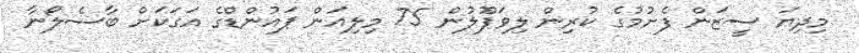
މިދިޔަ ސީޒަން ފެށުމުގެ ކުރިން ލިވަޕޫލުން 75 މިލިއަން ޕައުންޑްގެ އަގަކަށް ބާސެލޯނާ